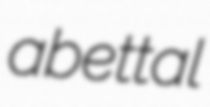
abettal